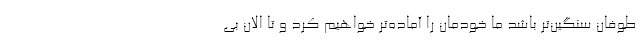
طوفان سنگین‌تر باشد ما خودمان را آماده‌تر خواهیم کرد و تا الان بی